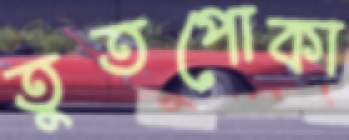
তুতপোকা